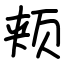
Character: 颊